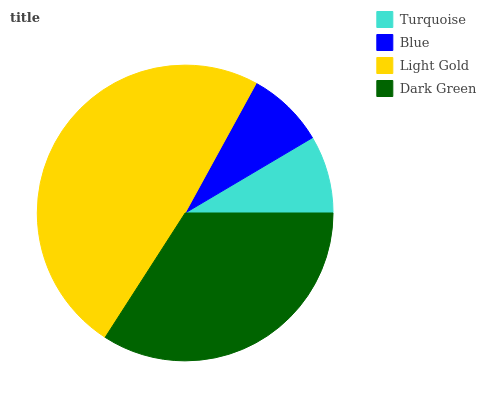
| Turquoise | Blue | Light Gold | Dark Green |
 | --- | --- | --- | --- |
 | 8.5% | 8.54% | 48.9% | 34.1% |